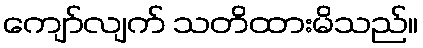
ကျော်လျက် သတိထားမိသည်။